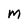
Character: M